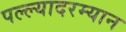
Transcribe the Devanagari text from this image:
पल्ल्यादरम्यान